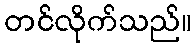
တင်လိုက်သည်။